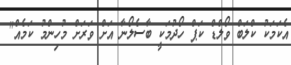
އެކަމަކު ކްލަބް ވޯލްޑް ކަޕް ހޯދުމަކީ ބާސެލޯނާ އަށް ވަރަށް މުހިންމު ކަމެއް"